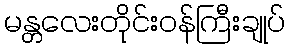
မန္တလေးတိုင်းဝန်ကြီးချုပ်